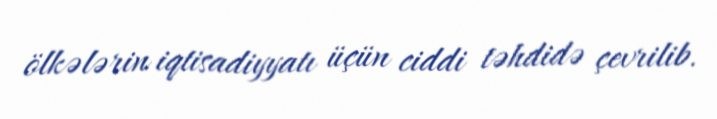
ölkələrin iqtisadiyyatı üçün ciddi təhdidə çevrilib.